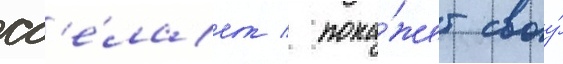
сд'е́лает / пока́жет своу́